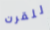
للقرن